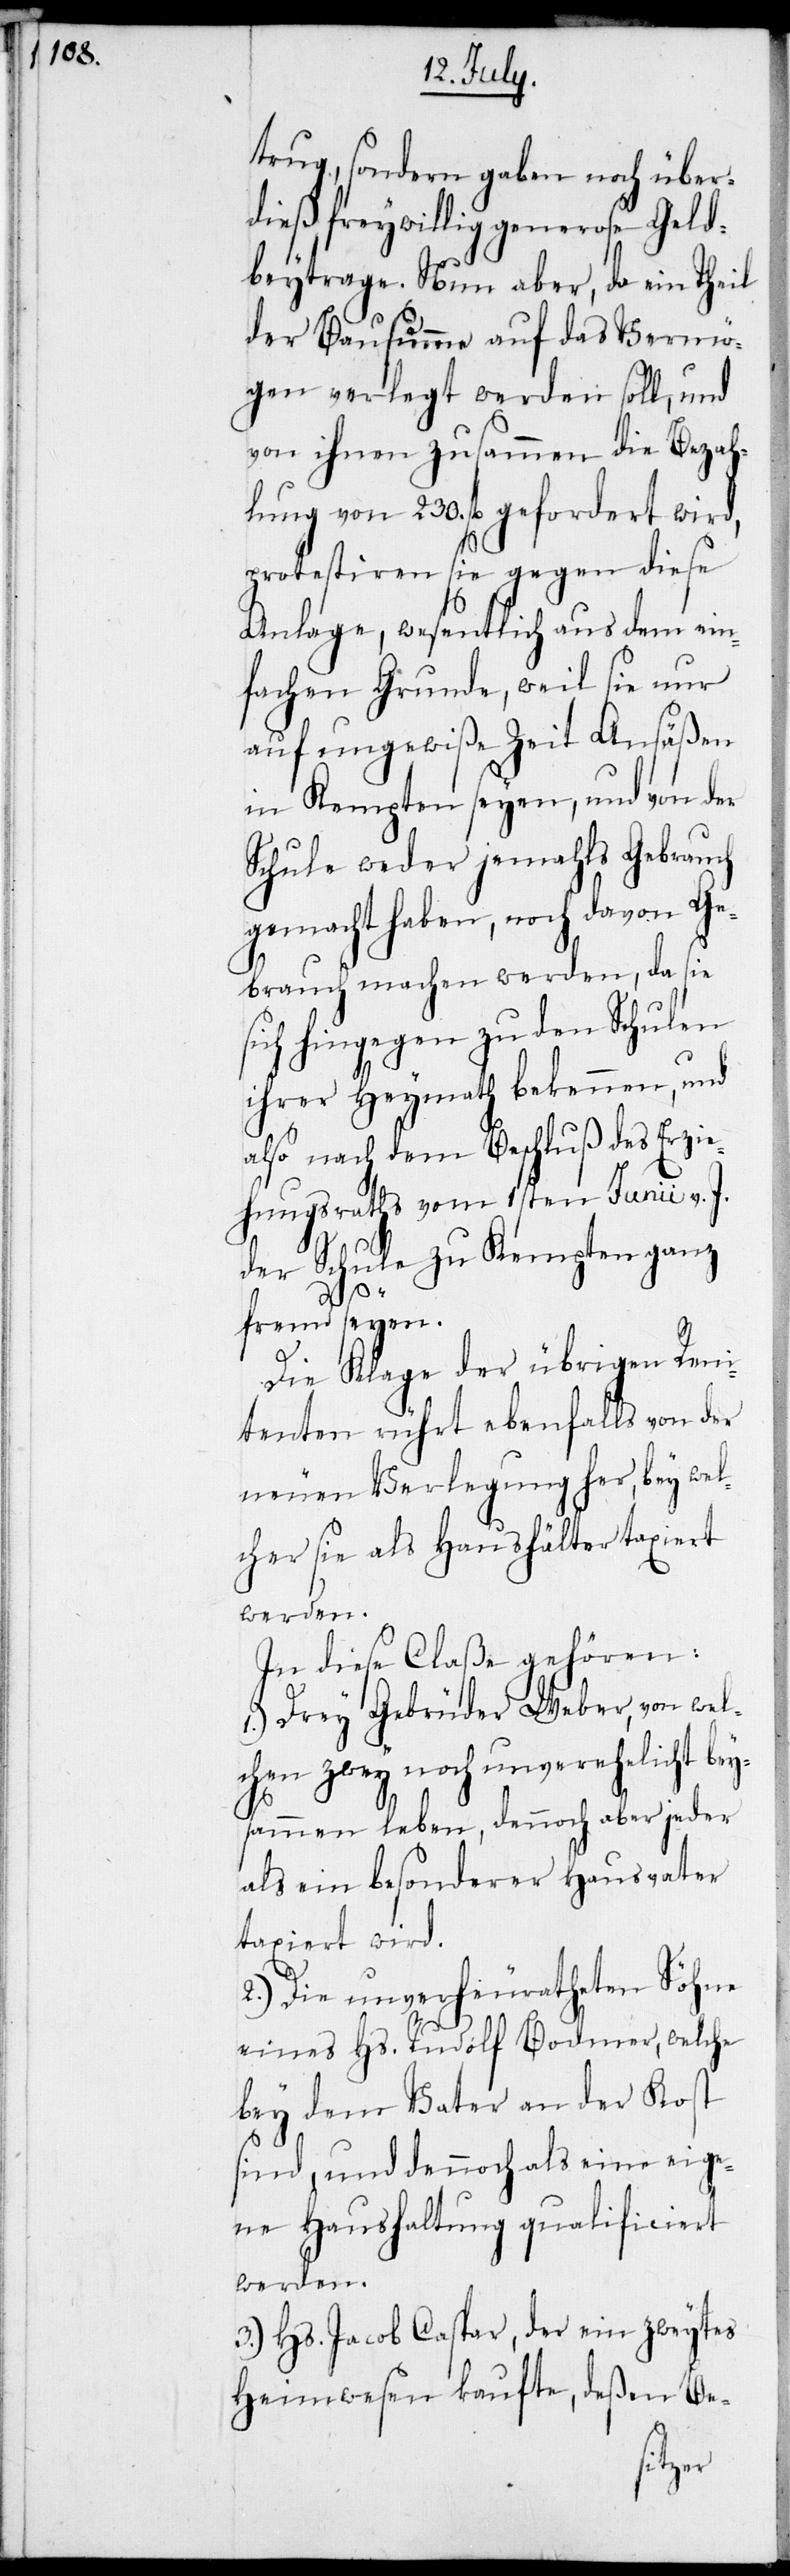
trug, sondern gaben noch über¬
dieß freywillig generose Geld¬
beyträge. Nun aber, da ein Theil
der Bausumme auf das Vermö¬
gen verlegt werden soll, und
von ihnen zusammen die Bezah¬
lung von 230. fl. gefordert wird,
protestiren sie gegen diese
Anlage, wesentlich aus dem ein¬
fachen Grunde, weil sie nur
auf ungewiße Zeit Ansäßen
in Kempten seyen, und von der
Schule weder jemahls Gebrauch
gemacht haben, noch davon Ge¬
brauch machen werden, da sie
sich hingegen zu den Schulen
ihrer Heymath bekennen, und
also nach dem Beschluß des Erzie¬
hungsraths vom 1sten Junii v. J.
der Schule zu Kempten ganz
fremd seyen.
Die Klage der übrigen Reni¬
tenten rührt ebenfalls von der
neuen Verlegung her, bey wel¬
cher sie als Haushälter taxiert
werden.
In diese Claße gehören:
1.) Drey Gebrüder Weber, von wel¬
chen zwey noch unverehelicht bey¬
sammen leben, dennoch aber jeder
als ein besonderer Hausvater
taxiert wird.
2.) Die unverheuratheten Söhne
eines Hs. Rudolf Bodmer, welche
bey dem Vater an der Kost
sind, und dennoch als eine eige¬
ne Haushaltung qualificiert
werden.
3.) Hs. Jacob Caspar, der ein zweytes
Heimwesen kaufte, deßen Be-